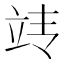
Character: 𰩢